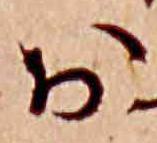
お